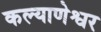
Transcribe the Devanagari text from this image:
कल्याणेश्वर